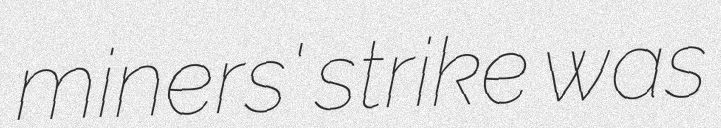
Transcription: miners' strike was